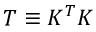
{ \cal T } \equiv { \cal K } ^ { T } { \cal K }